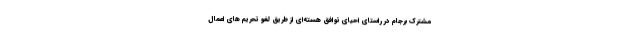
مشترک برجام در راستای احیای توافق هسته‌ای از طریق لغو تحریم های اعمال